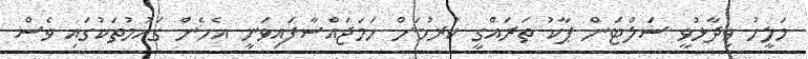
މަލީހު ވިދާޅުވީ ސަލްޓަން ޕާކު ތަރައްގީ ކުރުމަށް ހަމަޖައްސާފައިވަނީ އެހެން ގައުމުތަކުގައި ވެސް